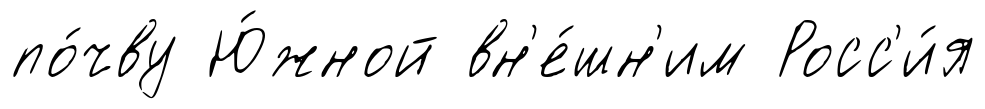
по́чву Ю́жной вн'е́шн'им Росс'и́я